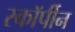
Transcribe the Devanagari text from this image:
स्कॉर्पीन